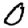
Digit: 0